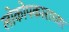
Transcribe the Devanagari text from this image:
लोकोपकाराच्या